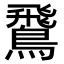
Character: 𫛊